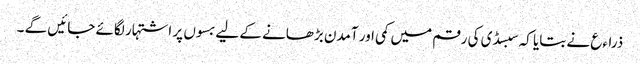
ذراءع نے بتایا کہ سبسڈی کی رقم میں کمی اور آمدن بڑھانے کے لیے بسوں پر اشتہار لگائے جائیں گے ۔